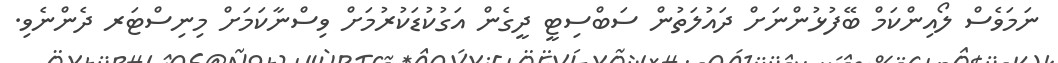
ނަމަވެސް ލޯއިންކަމް ބޭފުޅުންނަށް ދައުލަތުން ސަބްސިޓީ ދީގެން އަގުކުޑަކުރުމަށް ވިސްނާކަމަށް މިނިސްޓަރ ދެންނެވި.